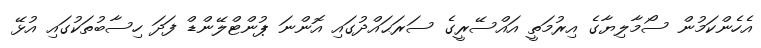
އެހެންކަމުން ސޯމާލިޔާގެ އިރުމަތީ އައްސޭރީގެ ސަރަޙައްދުގައި އޮންނަ ޕުންޓްލޭންޑް ފަދަ ހިސާބުތަކުގައި އުޅޭ